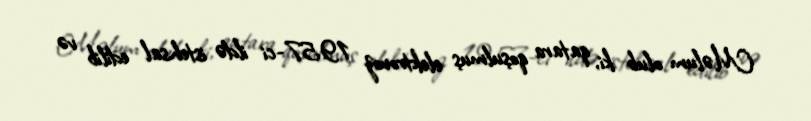
Məlum olub ki, qatara qoşulmuş elektrovoz 1957-ci ildə istehsal edilib və